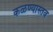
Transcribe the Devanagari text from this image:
कळण्यास्तव